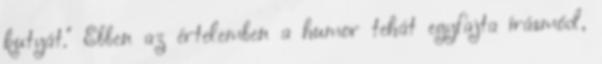
kutyát." Ebben az értelemben a humor tehát egyfajta írásmód,